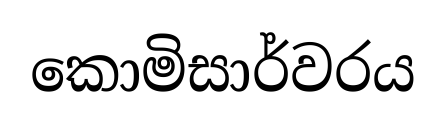
කොමිසාර්වරය